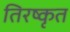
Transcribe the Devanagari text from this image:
तिरष्कृत